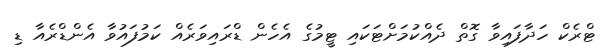
ޓްރެކް ހަދާފައިވާ ގޮތް ދެއްކުމަށްޓަކައި ޓީމުގެ އެހެން ޑްރައިވަރެއް ކަމުފައުވާ އެންޑްރެއާ ޑި